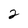
Character: 2